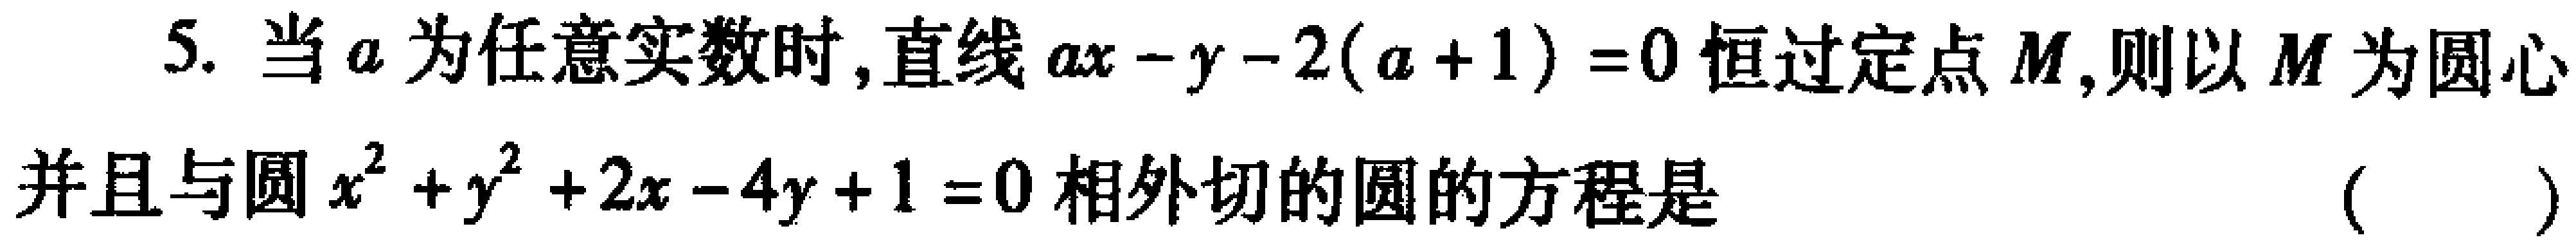
5. 当\(a\)为任意实数时，直线\(ax - y - 2(a + 1) = 0\)恒过定点\(M\)，则以\(M\)为圆心并且与圆\(x^{2} + y^{2} + 2x - 4y + 1 = 0\)相外切的圆的方程是 （  ）